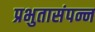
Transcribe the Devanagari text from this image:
प्रभुतासंपन्न